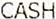
CASH